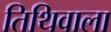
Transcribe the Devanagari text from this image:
तिथिवाला